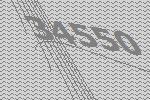
34550